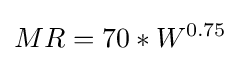
MR=70*W^{0.75}